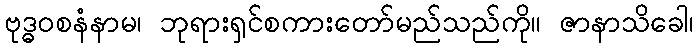
ဗုဒ္ဓဝစနံနာမ၊ ဘုရားရှင်စကားတော်မည်သည်ကို။ ဇာနာသိခေါ၊